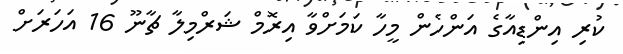
ކުރި އިންޑިއާގެ އަންހެން މީހާ ކަމަށްވާ އިރޮމް ޝަރްމިލާ ޗާނޫ 16 އަހަރަށް